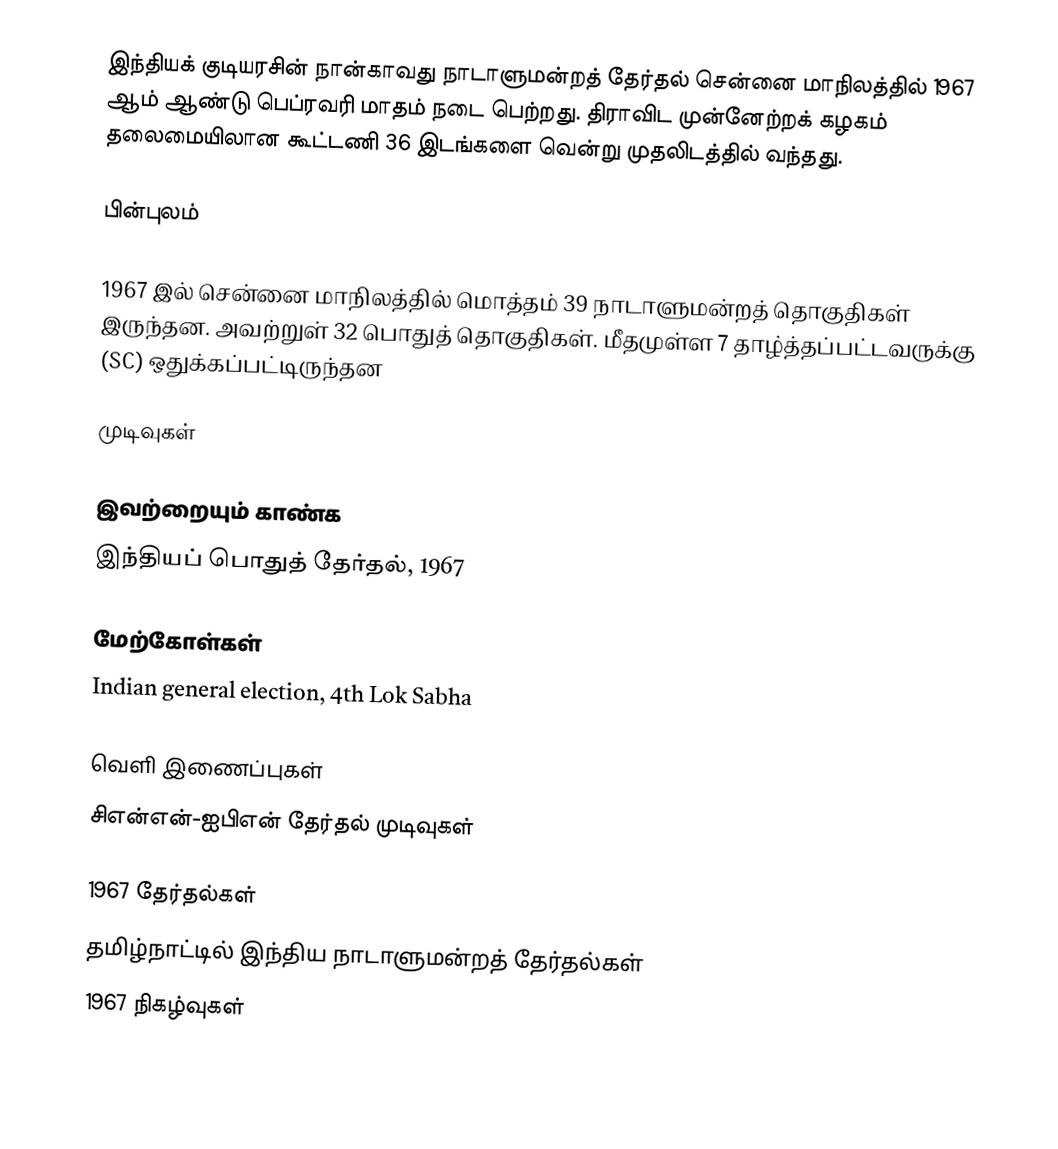
இந்தியக் குடியரசின் நான்காவது நாடாளுமன்றத் தேர்தல் சென்னை மாநிலத்தில் 1967 ஆம் ஆண்டு பெப்ரவரி மாதம் நடை பெற்றது. திராவிட முன்னேற்றக் கழகம் தலைமையிலான கூட்டணி 36 இடங்களை வென்று முதலிடத்தில் வந்தது.

பின்புலம்

1967 இல் சென்னை மாநிலத்தில் மொத்தம் 39 நாடாளுமன்றத் தொகுதிகள் இருந்தன. அவற்றுள் 32 பொதுத் தொகுதிகள். மீதமுள்ள 7 தாழ்த்தப்பட்டவருக்கு (SC) ஒதுக்கப்பட்டிருந்தன

முடிவுகள்

இவற்றையும் காண்க
இந்தியப் பொதுத் தேர்தல், 1967

மேற்கோள்கள்
Indian general election, 4th Lok Sabha

வெளி இணைப்புகள்
 சிஎன்என்-ஐபிஎன் தேர்தல் முடிவுகள்

1967 தேர்தல்கள்
தமிழ்நாட்டில் இந்திய நாடாளுமன்றத் தேர்தல்கள்
1967 நிகழ்வுகள்